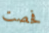
فحصت